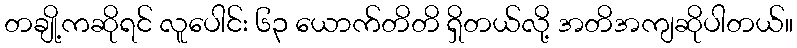
တချို့ကဆိုရင် လူပေါင်း ၆၃ ယောက်တိတိ ရှိတယ်လို့ အတိအကျဆိုပါတယ်။